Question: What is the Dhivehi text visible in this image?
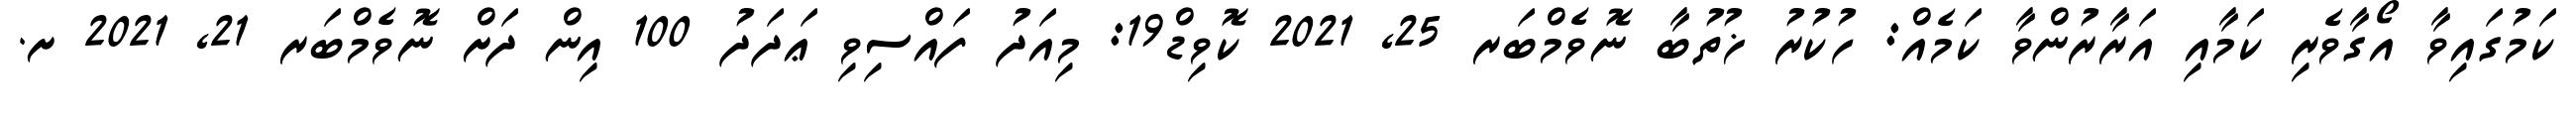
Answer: ކަމުގައިވާ އޯގާވެރި ކަމާއި އަރާރުންވާ ކަމެއް: ހުކުރު ޚުތުބާ ނޮވެމްބަރ 25, 2021 ކޮވިޑް19: މިއަދު ފައްސިވި ޢަދަދު 100 އިން ދަށް ނޮވެމްބަރ 21, 2021 ށ.